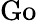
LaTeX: \mathrm{Go}